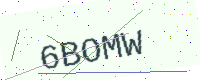
Text: 6BOMW